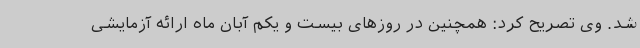
شد. وی تصریح کرد: همچنین در روزهای بیست و یکم آبان ماه ارائه آزمایشی